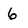
Character: 6